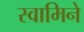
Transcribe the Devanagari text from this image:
स्वामिने